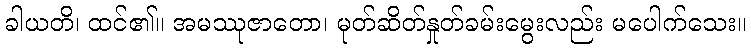
ခါယတိ၊ ထင်၏။ အမဿုဇာတော၊ မုတ်ဆိတ်နှုတ်ခမ်းမွေးလည်း မပေါက်သေး။